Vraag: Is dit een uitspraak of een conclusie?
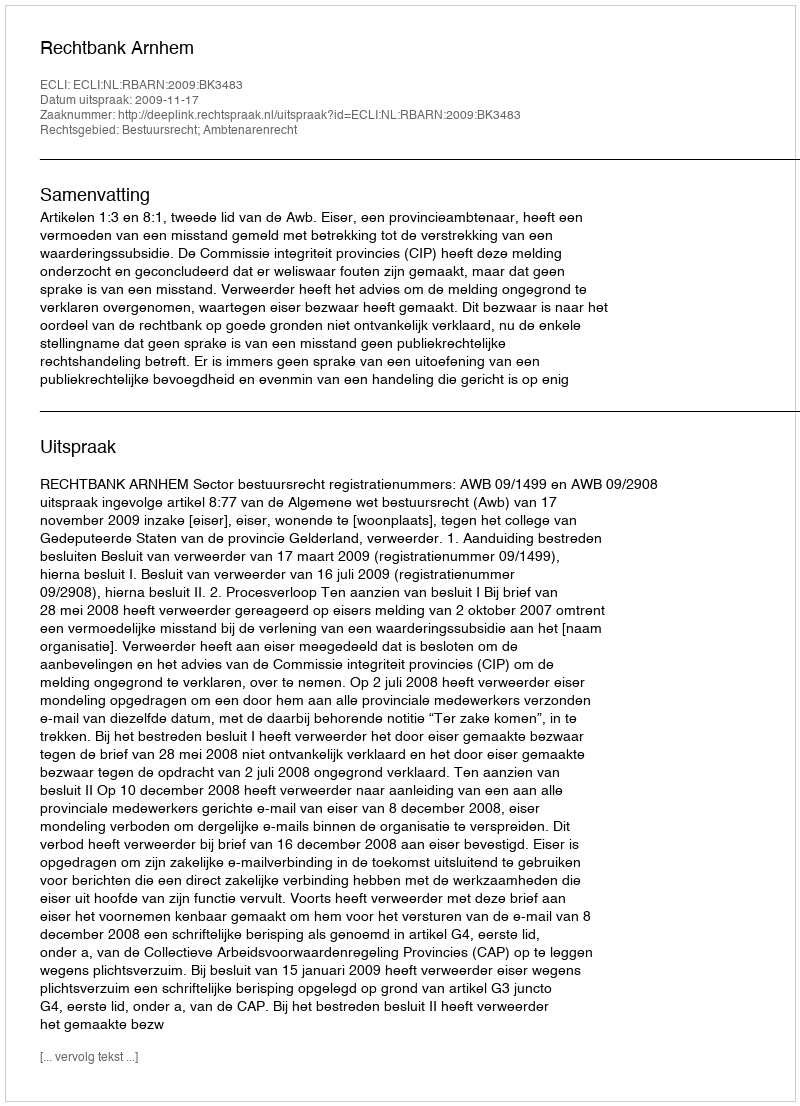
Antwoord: Uitspraak